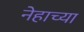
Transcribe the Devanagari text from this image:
नेहाच्या